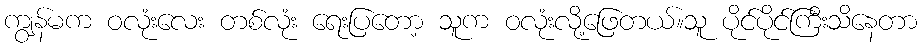
ကျွန်မက ဝလုံးလေး တစ်လုံး ရေးပြတော့ သူက ဝလုံးလို့ဖြေတယ်။သူ ပိုင်ပိုင်ကြီးသိနေတာ